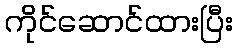
ကိုင်ဆောင်ထားပြီး